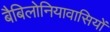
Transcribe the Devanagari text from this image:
बैबिलोनियावासियों